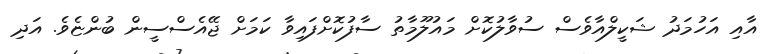
އާއި އަހުމަދު ޝަކީލްއާވެސް ސުވާލުކޮށް މައުލޫމާތު ސާފުކޮށްފައިވާ ކަމަށް ޖޭއެސްސީން ބުންޏެވެ. އަދި